Annual report of the Punjab Veterinary College and of the Civil Veterinary Department, Punjab - 1926-1932
Year: 1926
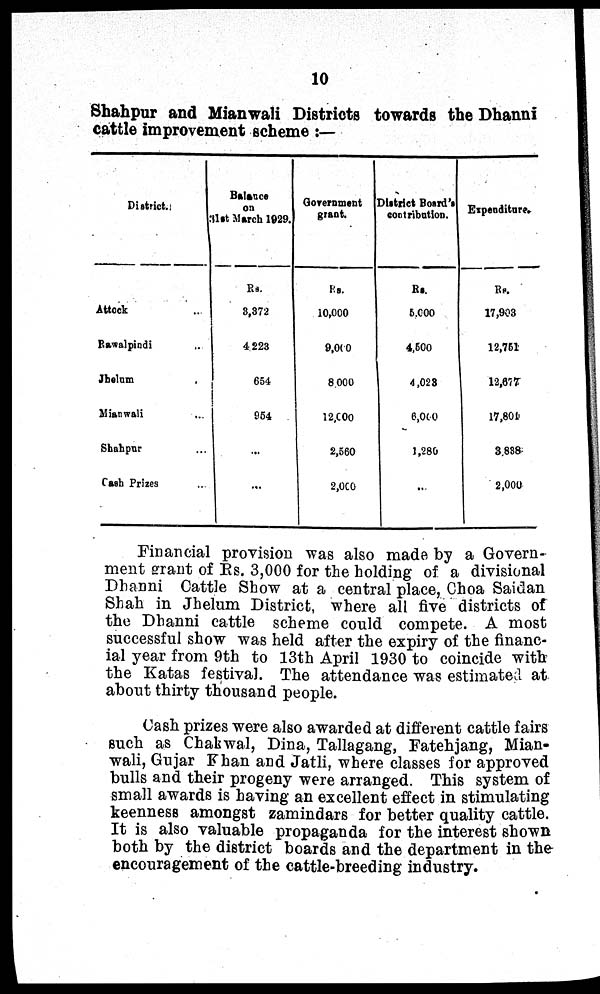
10
Shahpur and Mianwali Districts towards the Dhanni
cattle improvement scheme:—
District.
Attock ...
Rawalpindi ...
Jhelum ...
Mianwali ...
Shahpur ...
Cash Prizes ...
Balance
on
31st March 1929.
Rs.
3,372
4 223
654
954
...
...
Government
grant.
Rs.
10,000
9,000
8,000
12,000
2,560
2,000
District Board's
contribution.
Rs.
5,000
4,500
4,023
6,000
1,280
...
Expenditure.
Rs.
17,903
12,761
12,677
17,804
3,838
2,000
Financial provision was also made by a Govern-
ment grant of Rs. 3,000 for the holding of a divisional
Dhanni Cattle Show at a central place, Choa Saidan
Shah in Jhelum District, where all five districts of
the Dhanni cattle scheme could compete. A most
successful show was held after the expiry of the financ-
ial year from 9th to 13th April 1930 to coincide with
the Katas festival. The attendance was estimated at
about thirty thousand people.
Cash prizes were also awarded at different cattle fairs
such as Chakwal, Dina, Tallagang, Fatehjang, Mian-
wali, Gujar Khan and Jatli, where classes for approved
bulls and their progeny were arranged. This system of
small awards is having an excellent effect in stimulating
keenness amongst zamindars for better quality cattle.
It is also valuable propaganda for the interest shown
both by the district boards and the department in the
encouragement of the cattle-breeding industry.